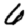
Digit: 6